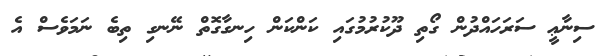
ސިނާޢީ ސަރަހައްދުން ގޯތި ދޫކުރުމުގައި ކަންކަން ހިނގާގޮތް ނޭނގި ތިބެ ނަމަވެސް އެ